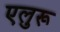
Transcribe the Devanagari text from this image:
एलुरू